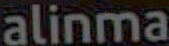
alinma